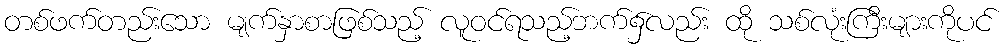
တစ်ဖက်တည်းသော မျက်နှာစာဖြစ်သည့် လူဝင်ရသည့်ဘက်၌လည်း ထို သစ်လုံးကြီးများကိုပင်